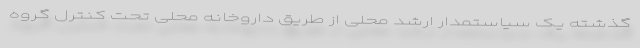
گذشته یک سیاستمدار ارشد محلی از طریق داروخانه محلی تحت کنترل گروه